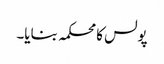
پولس کا محکمہ بنایا۔